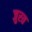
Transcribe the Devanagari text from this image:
जुरत